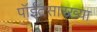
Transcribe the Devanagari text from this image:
पॉईंटसारख्या